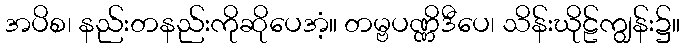
အပိစ၊ နည်းတနည်းကိုဆိုပေအံ့။ တမ္ဗပဏ္ဏိဒီပေ၊ သိန်းဃိုဠ်ကျွန်း၌။